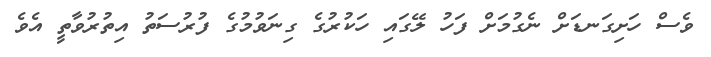
ވެސް ހަށިގަނޑަށް ނެގުމަށް ފަހު ލޭގައި ހަކުރުގެ ގިނަވުމުގެ ފުރުސަތު އިތުރުވާތީ އެވެ